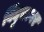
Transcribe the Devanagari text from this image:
बिंदुसागर